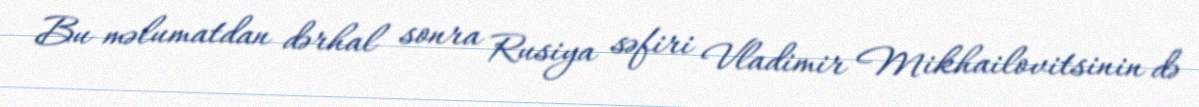
Bu məlumatdan dərhal sonra Rusiya səfiri Vladimir Mikhailovitsinin də